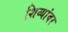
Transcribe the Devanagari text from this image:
शिव्यांवर